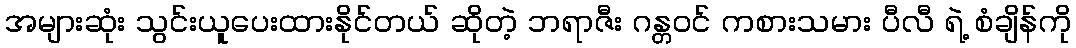
အများဆုံး သွင်းယူပေးထားနိုင်တယ် ဆိုတဲ့ ဘရာဇီး ဂန္တဝင် ကစားသမား ပီလီ ရဲ့ စံချိန်ကို